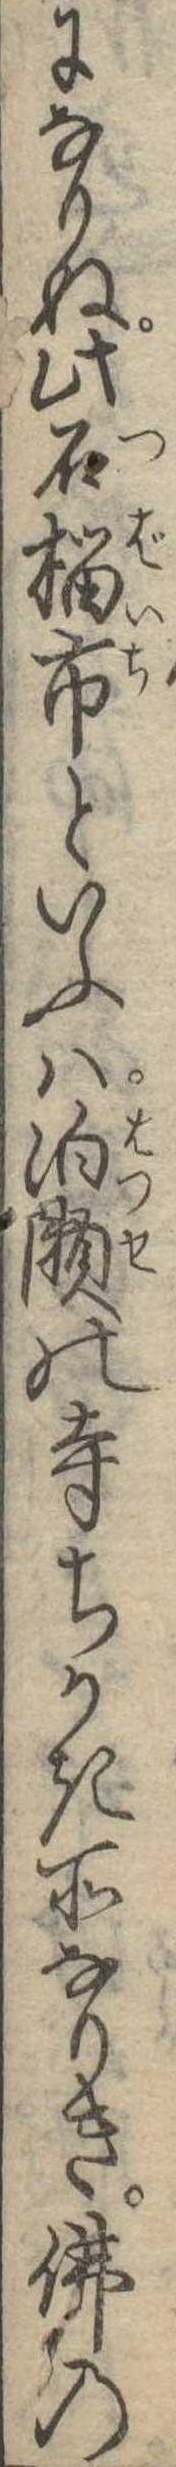
になりぬ此石榴市といふは泊瀬の寺ちかき所なりき仏の